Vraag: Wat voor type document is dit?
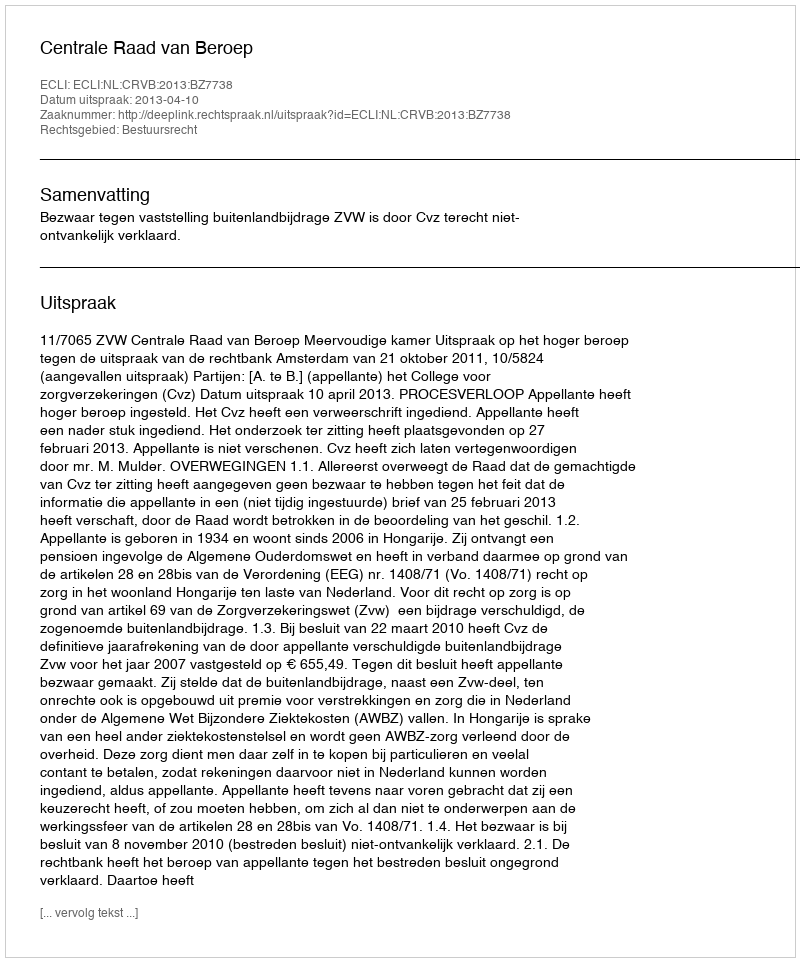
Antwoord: Uitspraak